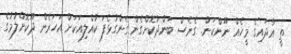
ތީ އާދައިގެ މީހެއް ނޫންކަން. ގެނެސް ބަންދުކޮށްގެން ގެންގުޅެފަ ކުއްލިއަކަށް އަހަރެން ދޫކޮށްލުމުގެ